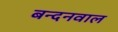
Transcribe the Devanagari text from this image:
बन्दनवाल